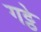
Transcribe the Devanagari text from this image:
गट्ठे